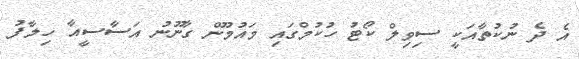
އެ ދެ ނުކުތާއަކީ ސިވިލް ކޯޓު ހުކުމްގައި މައުމޫން ގާނޫނު އަސާސީއާ ހިލާފު